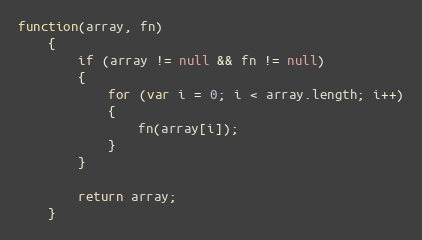
Language: JavaScript
function(array, fn)
	{
		if (array != null && fn != null)
		{
			for (var i = 0; i < array.length; i++)
			{
				fn(array[i]);
			}
		}

		return array;
	}